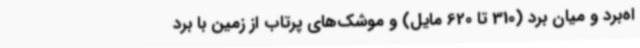
اه‌برد و میان برد (310 تا 620 مایل) و موشک‌های پرتاب از زمین با برد